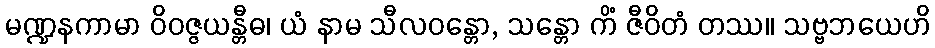
မဏ္ဍနကာမာ ဝိဝဇ္ဇယန္တီဓ၊ ယံ နာမ သီလဝန္တော, သန္တော ကိံ ဇီဝိတံ တဿ။ သဗ္ဗဘယေဟိ